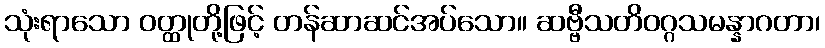
သုံးရာသော ဝတ္ထုတို့ဖြင့် တန်ဆာဆင်အပ်သော။ ဆဗ္ဗီသတိဝဂ္ဂသမန္နာဂတာ၊